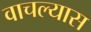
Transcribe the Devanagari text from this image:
वाचल्यास